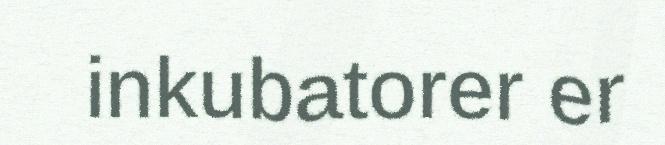
inkubatorer er